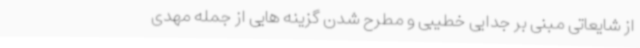
از شایعاتی مبنی بر جدایی خطیبی و مطرح شدن گزینه هایی از جمله مهدی